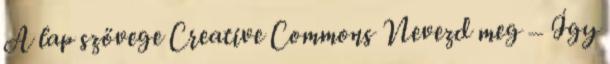
A lap szövege Creative Commons Nevezd meg – Így